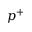
p ^ { + }